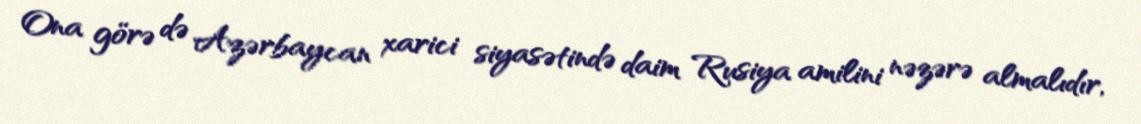
Ona görə də Azərbaycan xarici siyasətində daim Rusiya amilini nəzərə almalıdır,